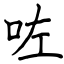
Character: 咗